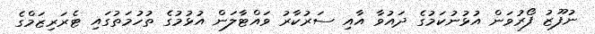
ނުފޫޒު ފޯރުވަން އުޅުނުކަމުގެ ދައުވާ އާއި ސަރުކާރު ވައްޓާލަން އުޅުމުގެ ތުހުމަތުގައި ޓެރަރިޒަމްގެ